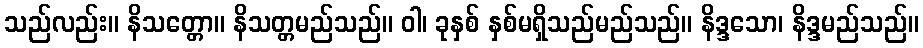
သည်လည်း။ နိသတ္တော။ နိသတ္တမည်သည်။ ဝါ၊ ခုနှစ် နှစ်မရှိသည်မည်သည်။ နိဒ္ဒသော၊ နိဒ္ဒမည်သည်။